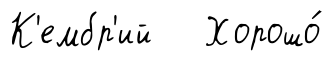
К'ембр'ий Хорошо́